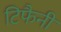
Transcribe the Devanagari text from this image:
टिफैनी